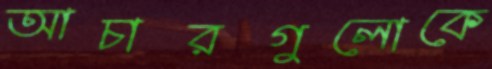
আচারগুলোকে